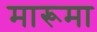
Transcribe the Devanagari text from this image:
मारूमा